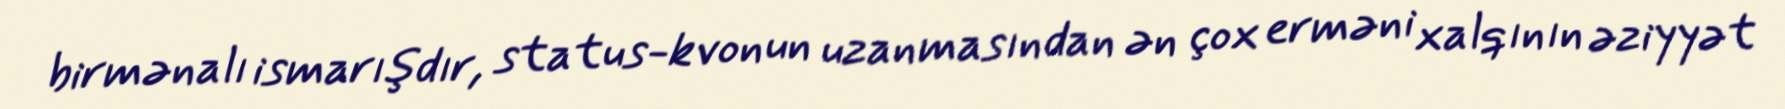
birmənalı ismarışdır, status-kvonun uzanmasından ən çox erməni xalqının əziyyət